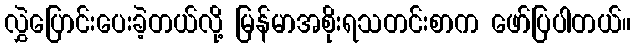
လွှဲပြောင်းပေးခဲ့တယ်လို့ မြန်မာအစိုးရသတင်းစာက ဖော်ပြပါတယ်။